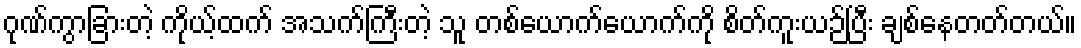
ဂုဏ်ကွာခြားတဲ့ ကိုယ့်ထက် အသက်ကြီးတဲ့ သူ တစ်ယောက်ယောက်ကို စိတ်ကူးယဉ်ပြီး ချစ်နေတတ်တယ်။